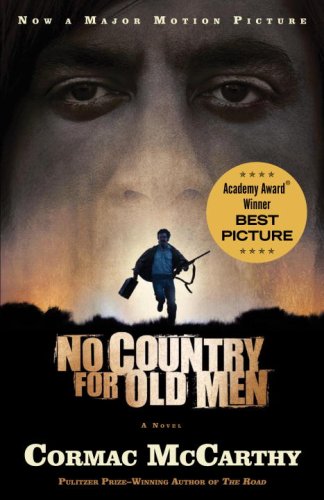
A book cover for No Country for Old Men (Vintage International); Cormac McCarthy; Literature & Fiction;